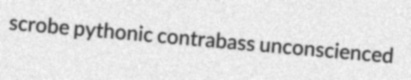
scrobe pythonic contrabass unconscienced